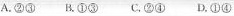
A.②③ B.①③ C，②④ D.①④